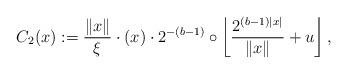
LaTeX: \begin{align*} C_2(x):=\frac{\Vert x\Vert}{\xi}\cdot (x)\cdot 2^{-(b-1)}\circ \left\lfloor\frac{2^{(b-1)\vert x\vert}}{\Vert x\Vert} +u\right\rfloor, \end{align*}